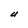
Character: U